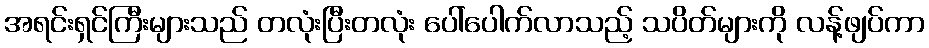
အရင်းရှင်ကြီးများသည် တလုံးပြီးတလုံး ပေါ်ပေါက်လာသည့် သပိတ်များကို လန့်ဖျပ်ကာ